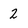
Character: 2